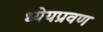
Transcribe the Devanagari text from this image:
ध्येयप्रवण